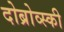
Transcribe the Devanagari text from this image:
दोब्रोव्स्की